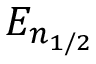
E _ { n _ { 1 / 2 } }